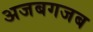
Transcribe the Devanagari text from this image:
अजबगजब